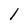
Character: l